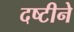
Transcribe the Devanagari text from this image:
दष्‍टीने